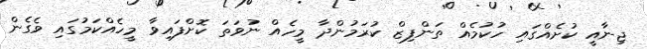
ޖިނާއީ ކުށެއްގައި ހުކުމެއް ތަންފިޒް ކުރަމުންދާ މީހެއް ނުވަތަ ކޮށްފައިވާ މީހެއްކަމުގައި ވެގެން